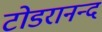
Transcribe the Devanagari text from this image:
टोडरानन्द